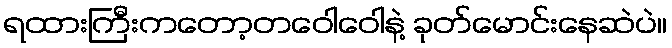
ရထားကြီးကတော့တဝေါဝေါနဲ့ ခုတ်မောင်းနေဆဲပဲ။